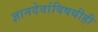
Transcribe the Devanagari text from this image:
ज्ञानदेवांविषयीही